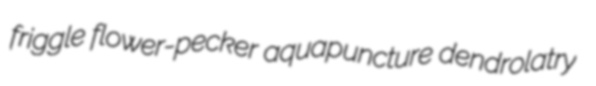
friggle flower-pecker aquapuncture dendrolatry